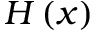
H \left( x \right)